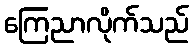
ကြေညာလိုက်သည်